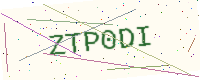
Text: ZTP0DI